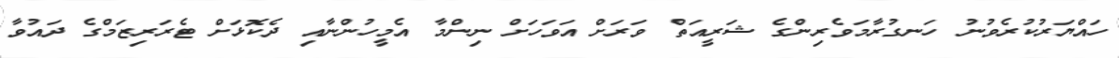
ހައްޔަރުކުރެވުނު ހަނގުރާމަވެރިންގެ ޝަރީއަތް ވަރަށް އަވަހަށް ނިންމާ އެމީހުންނާއި ދެކޮޅަށް ޓެރަރިޒަމްގެ ދައުވާ